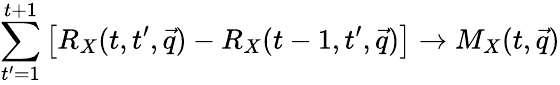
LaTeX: \sum_{t^{\prime}=1}^{t+1}\left[R_{X}(t,t^{\prime},\vec{q})-R_{X}(t-1,t^{\prime},\vec{q})\right]\to M_{X}(t,\vec{q})